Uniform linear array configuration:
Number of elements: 16
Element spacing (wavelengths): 0.5
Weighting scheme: kaiser
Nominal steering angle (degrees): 15
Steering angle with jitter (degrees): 16.052
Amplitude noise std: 0.05
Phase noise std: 0.05

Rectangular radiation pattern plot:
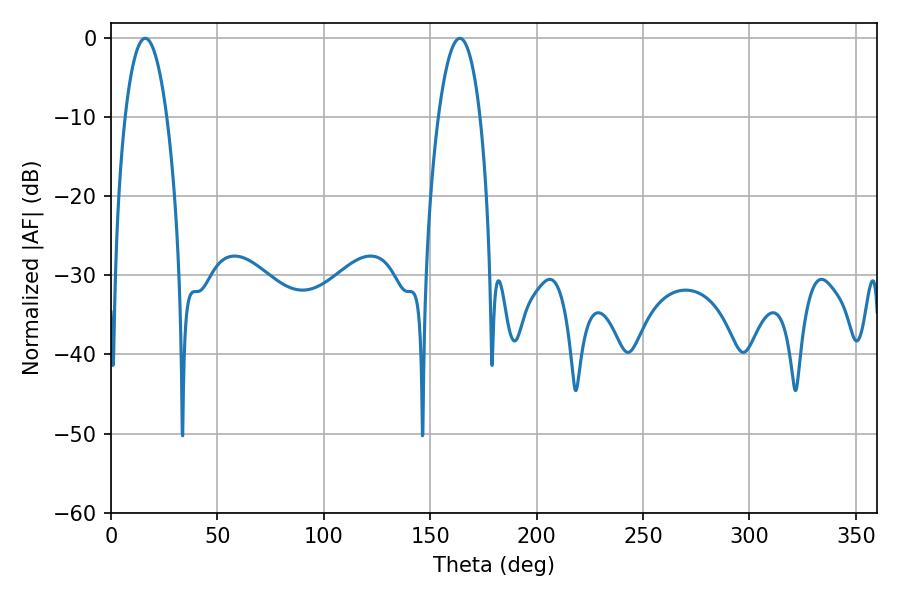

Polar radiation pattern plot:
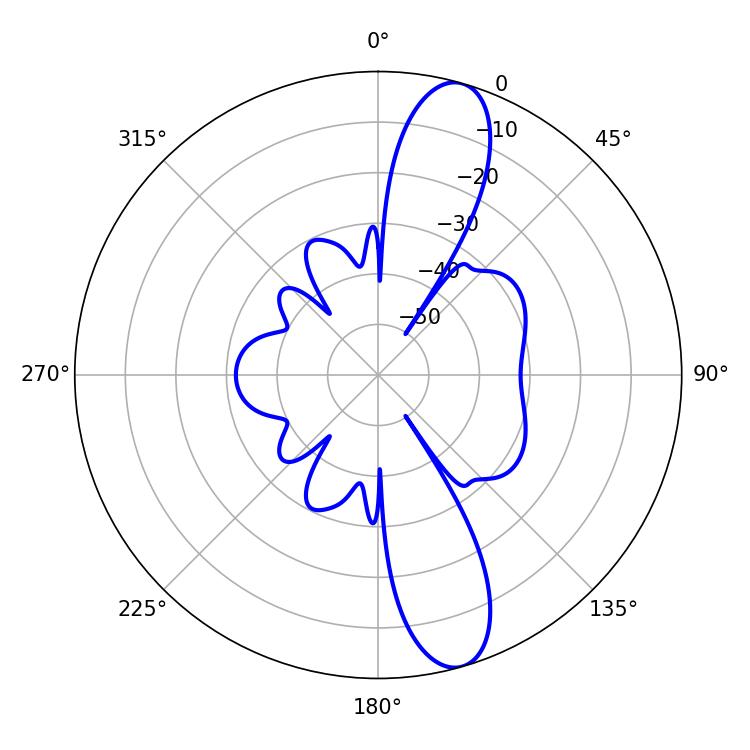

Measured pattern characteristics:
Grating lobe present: FALSE
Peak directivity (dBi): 12.421
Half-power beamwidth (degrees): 10.8
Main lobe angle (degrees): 16.02